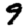
Digit: 9